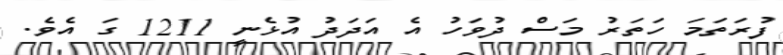
ފުރަތަމަ ހަތަރު މަސް ދުވަހު އެ އަދަދު އުޅެނީ 1211 ގަ އެވެ.